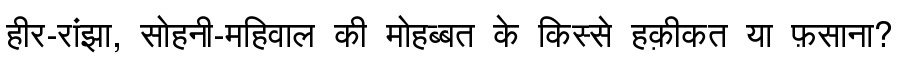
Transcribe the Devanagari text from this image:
हीर-रांझा, सोहनी-महिवाल की मोहब्बत के किस्से हक़ीकत या फ़साना?